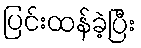
ပြင်းထန်ခဲ့ပြီး